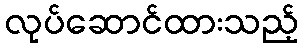
လုပ်ဆောင်ထားသည့်